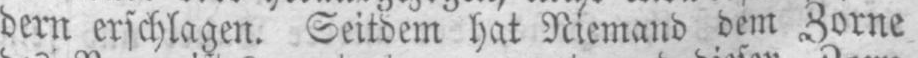
dern erschlagen. Seitdem hat Niemand dem Zorne